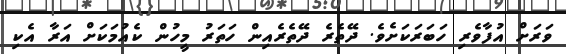
ވަރަށް އުފާވެރި ހަބަރަކަށެވެ. ދޭތެރެ ދޭތެރެއިން ހަތަރު މީހުން ކެއުމަކަށް އަރާ އެކި